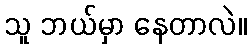
သူ ဘယ်မှာ နေတာလဲ။